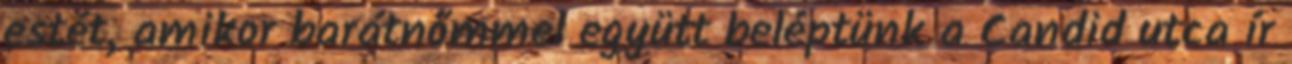
estét, amikor barátnőmmel együtt beléptünk a Candid utca ír